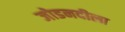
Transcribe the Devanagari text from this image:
जोडनदीला